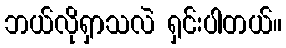
ဘယ်လိုရှာသလဲ ရှင်းပါတယ်။